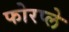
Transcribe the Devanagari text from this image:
फोरप्ले